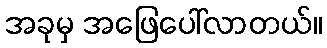
အခုမှ အဖြေပေါ်လာတယ်။